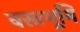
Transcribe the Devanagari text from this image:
वस्त्रभूमि